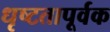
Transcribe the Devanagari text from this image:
धृष्टतापूर्वक